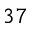
^ { 3 7 }